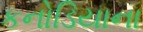
કનોડિયાના